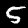
Digit: 5